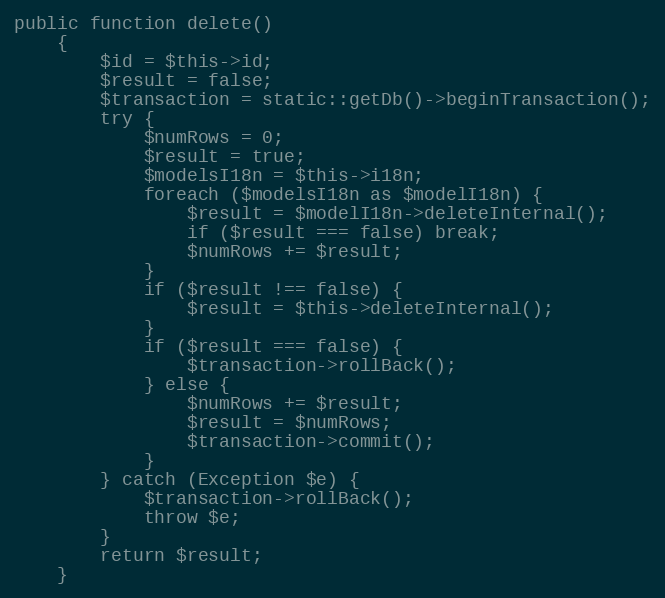
Language: PHP
public function delete()
    {
        $id = $this->id;
        $result = false;
        $transaction = static::getDb()->beginTransaction();
        try {
            $numRows = 0;
            $result = true;
            $modelsI18n = $this->i18n;
            foreach ($modelsI18n as $modelI18n) {
                $result = $modelI18n->deleteInternal();
                if ($result === false) break;
                $numRows += $result;
            }
            if ($result !== false) {
                $result = $this->deleteInternal();
            }
            if ($result === false) {
                $transaction->rollBack();
            } else {
                $numRows += $result;
                $result = $numRows;
                $transaction->commit();
            }
        } catch (Exception $e) {
            $transaction->rollBack();
            throw $e;
        }
        return $result;
    }